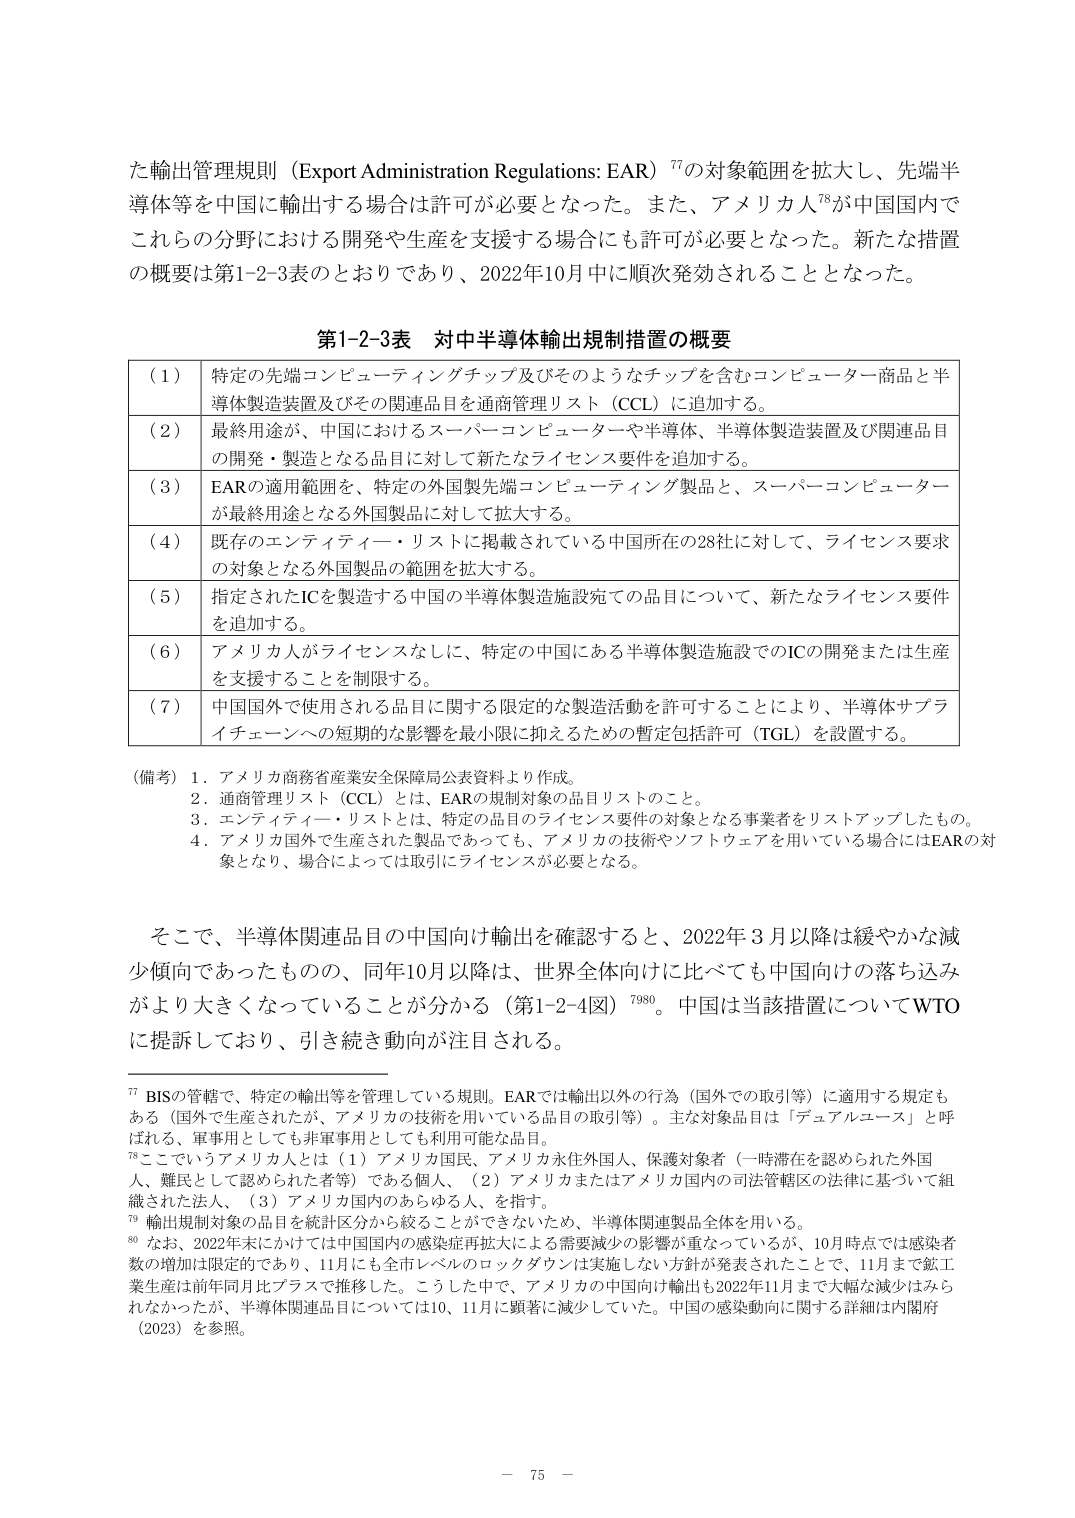
た輸出管理規則（Export Administration Regulations: EAR）⁷⁷の対象範囲を拡大し、先端半導体等を中国に輸出する場合は許可が必要となった。また、アメリカ人⁷⁸が中国国内でこれらの分野における開発や生産を支援する場合にも許可が必要となった。新たな措置の概要は第1-2-3表のとおりであり、2022年10月中に順次発効されることとなった。

第1-2-3表 対中半導体輸出規制措置の概要

（1） 特定の先端コンピューティングチップ及びそのようなチップを含むコンピューター商品と半導体製造装置及びその関連品目を通商管理リスト（CCL）に追加する。

（2） 最終用途が、中国におけるスーパーコンピューターや半導体、半導体製造装置及び関連品目の開発・製造となる品目に対して新たなライセンス要件を追加する。

（3） EARの適用範囲を、特定の外国製先端コンピューティング製品と、スーパーコンピューターが最終用途となる外国製品に対して拡大する。

（4） 既存のエンティティ・リストに掲載されている中国所在の28社に対して、ライセンス要求の対象となる外国製品の範囲を拡大する。

（5） 指定されたICを製造する中国の半導体製造施設宛ての品目について、新たなライセンス要件を追加する。

（6） アメリカ人がライセンスなしに、特定の中国にある半導体製造施設でのICの開発または生産を支援することを制限する。

（7） 中国国外で使用される品目に関する限定的な製造活動を許可することにより、半導体サプライチェーンへの短期的な影響を最小限に抑えるための暫定包括許可（TGL）を設置する。

（備考）1. アメリカ商務省産業安全保障局公表資料より作成。
2. 通商管理リスト（CCL）とは、EARの規制対象の品目リストのこと。
3. エンティティ・リストとは、特定の品目のライセンス要件の対象となる事業者をリストアップしたもの。
4. アメリカ国外で生産された製品であっても、アメリカの技術やソフトウェアを用いている場合にはEARの対象となり、場合によっては取引にライセンスが必要となる。

そこで、半導体関連品目の中国向け輸出を確認すると、2022年3月以降は緩やかな減少傾向であったものの、同年10月以降は、世界全体向けに比べても中国向けの落ち込みがより大きくなっていることが分かる（第1-2-4図）⁷⁹⁸⁰。中国は当該措置についてWTOに提訴しており、引き続き動向が注目される。

⁷⁷ BISの管轄で、特定の輸出等を管理している規則。EARでは輸出以外の行為（国外での取引等）に適用する規定もある（国外で生産されたが、アメリカの技術を用いている品目の取引等）。主な対象品目は「デュアルユース」と呼ばれる、軍事用としても非軍事用としても利用可能な品目。

⁷⁸ ここでいうアメリカ人は（1）アメリカ国民、アメリカ永住外国人、保護対象者（一時滞在を認められた外国人、難民として認められた者等）である個人、（2）アメリカまたはアメリカ国内の司法管轄区の法律に基づいて組織された法人、（3）アメリカ国内のあらゆる人、を指す。

⁷⁹ 輸出規制対象の品目を統計区分から絞ることができないため、半導体関連製品全体を用いる。

⁸⁰ なお、2022年末にかけては中国国内の感染症再拡大による需要減少の影響が重なっているが、10月時点では感染者数の増加は限定的であり、11月にも全市レベルのロックダウンは実施しない方針が発表されたことで、11月まで鉱工業生産は前年同月比プラスで推移する。こうした中で、アメリカの中国向け輸出も2022年11月まで大幅な減少はみられなかったが、半導体関連品目については10、11月に顕著に減少していた。中国の感染動向に関する詳細は内閣府（2023）を参照。

－ 75 －